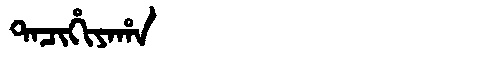
Manchu: ᡨᠠᠴᡳᡥᡳᠶᠠᡥᠠ
Romanization: TACIHIYAHA